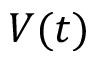
V ( t )